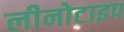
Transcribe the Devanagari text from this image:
लीनोटाइप